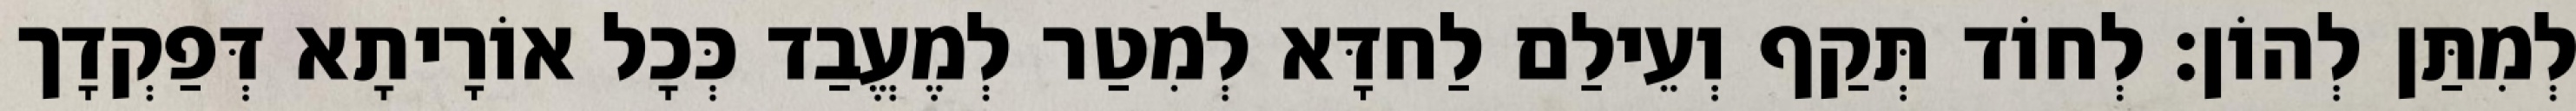
לְמִתַּן לְהוֹן׃ לְחוֹד תְּקַף וְעֵילַם לַחדָּא לְמִטַר לְמֶעֱבַד כְּכָל אוֹרָיתָא דְּפַקְדָך